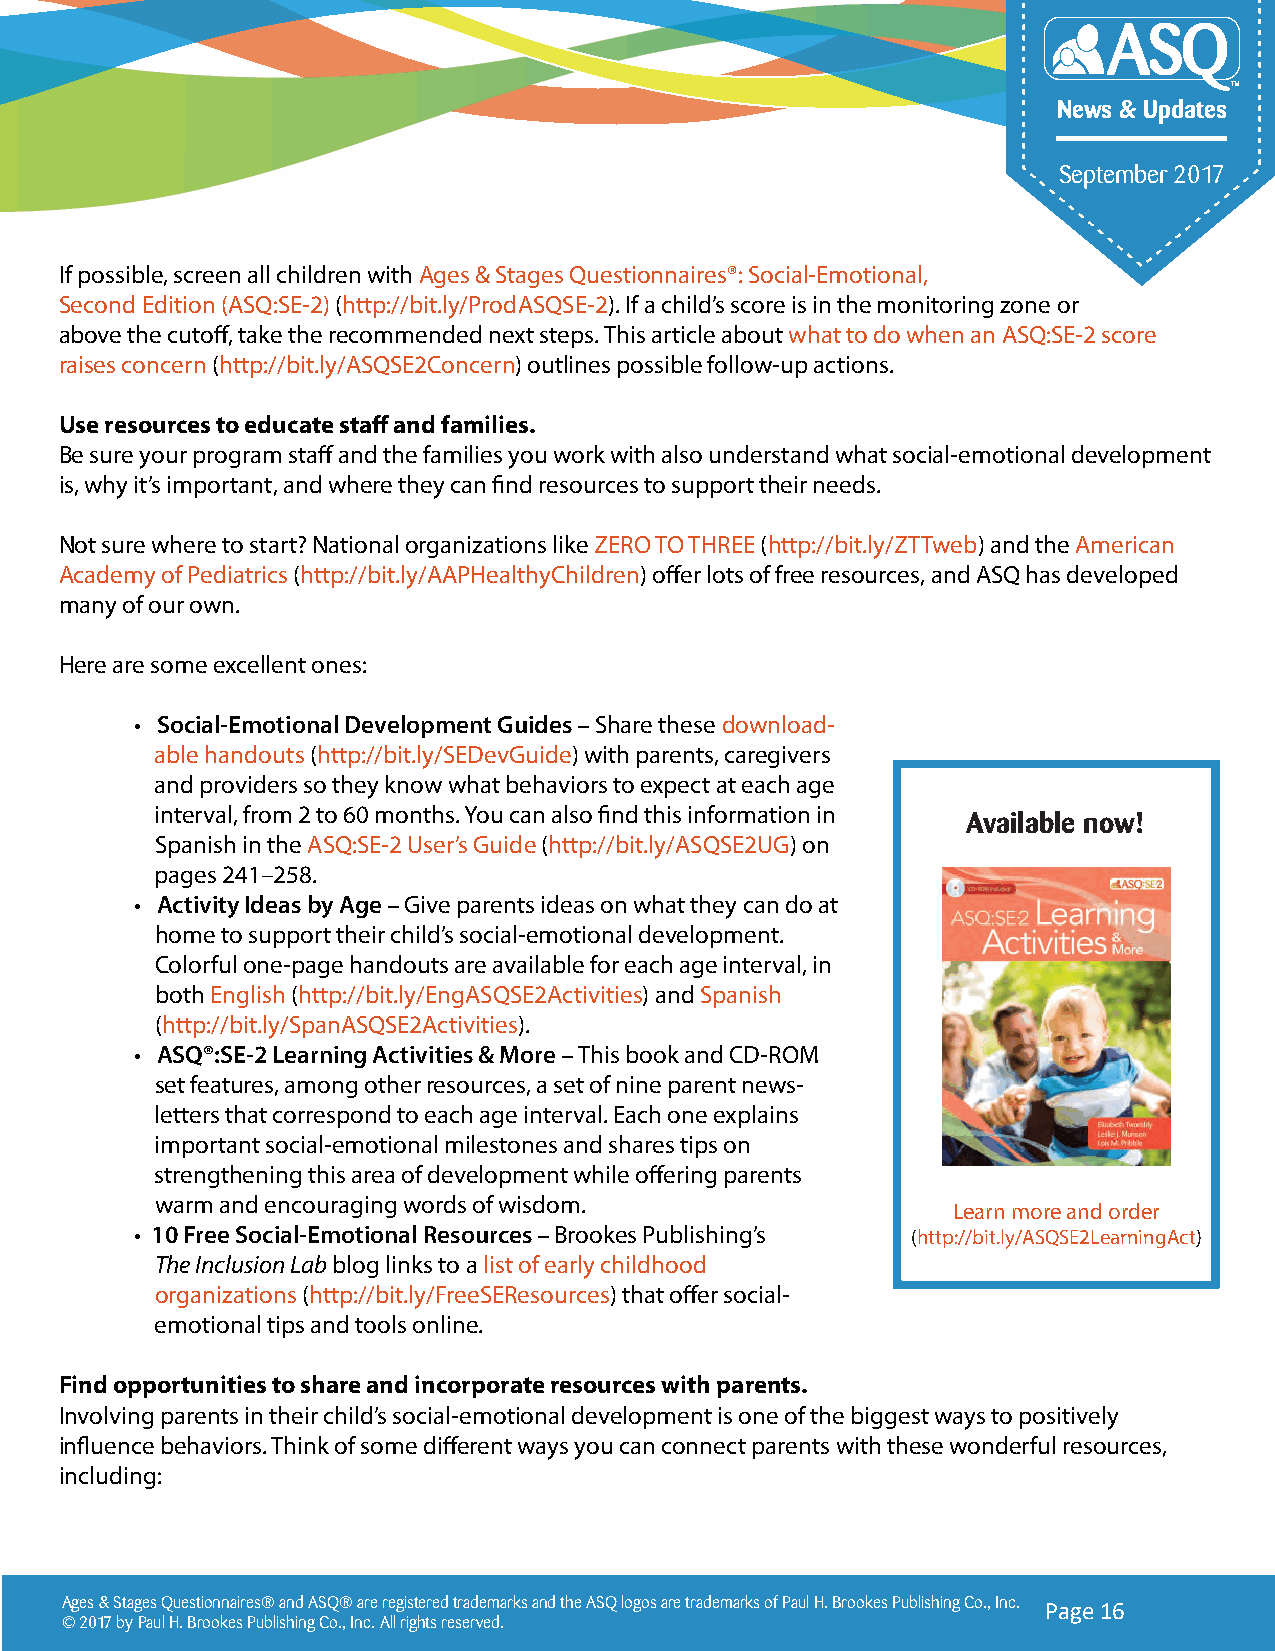
News & Updates
 September 2017
 If possible, screen all children with Ages & Stages Questionnaires®: Social-Emotional,
 Second Edition (ASQ:SE-2) (http://bit.ly/ProdASQSE-2). If a child’s score is in the monitoring zone or
 above the cutoff, take the recommended next steps. This article about what to do when an ASQ:SE-2 score
 raises concern (http://bit.ly/ASQSE2Concern) outlines possible follow-up actions.
 Use resources to educate staff and families.
 Be sure your program staff and the families you work with also understand what social-emotional development
 is, why it’s important, and where they can find resources to support their needs.
 Not sure where to start? National organizations like ZERO TO THREE (http://bit.ly/ZTTweb) and the American
 Academy of Pediatrics (http://bit.ly/AAPHealthyChildren) offer lots of free resources, and ASQ has developed
 many of our own.
 Here are some excellent ones:
 • Social-Emotional Development Guides – Share these download-
 able handouts (http://bit.ly/SEDevGuide) with parents, caregivers
 and providers so they know what behaviors to expect at each age
 interval, from 2 to 60 months. You can also find this information in
 Available now!
 Spanish in the ASQ:SE-2 User’s Guide (http://bit.ly/ASQSE2UG) on
 pages 241–258.
 ASQ®:SE-2 Learning Activities
 • Activity Ideas by Age – Give parents ideas on what they can do at & More published in
 home to support their child’s social-emotional development. December 2017. Order by
 Colorful one-page handouts are available for each age interval, in November 10 to receive a
 both English (http://bit.ly/EngASQSE2Activities) and Spanish free 2018 Growing Strong
 (http://bit.ly/SpanASQSE2Activities).               calendar featuring tips for
 supporting social-emotional
 • ASQ®:SE-2 Learning Activities & More – This book and CD-ROM
 development in early
 set features, among other resources, a set of nine parent news-
 childhood.
 letters that correspond to each age interval. Each one explains
 important social-emotional milestones and shares tips on
 strengthening this area of development while offering parents
 warm and encouraging words of wisdom.
 Learn more and order
 • 10 Free Social-Emotional Resources – Brookes Publishing’s (http://bit.ly/ASQSE2LearningAct)
 The Inclusion Lab blog links to a list of early childhood
 organizations (http://bit.ly/FreeSEResources) that offer social-
 emotional tips and tools online.
 Find opportunities to share and incorporate resources with parents.
 Involving parents in their child’s social-emotional development is one of the biggest ways to positively
 influence behaviors. Think of some different ways you can connect parents with these wonderful resources,
 including:
 Ages & Stages Questionnaires® and ASQ® are registered trademarks and the ASQ logos are trademarks of Paul H. Brookes Publishing Co., Inc. Page 16
 © 2017 by Paul H. Brookes Publishing Co., Inc. All rights reserved.